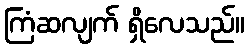
ကြံဆလျက် ရှိလေသည်။